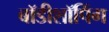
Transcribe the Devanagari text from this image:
बॉडीशॉपिंग